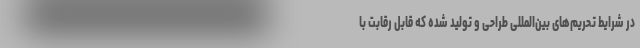
در شرایط تحریم‌های بین‌المللی طراحی و تولید شده که قابل رقابت با